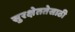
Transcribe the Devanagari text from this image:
सुरक्षेततेसाठी